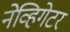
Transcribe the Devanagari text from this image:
नेव्हिगेटर